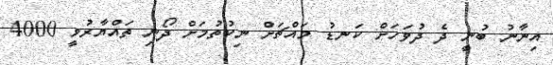
އިނާނު ބުނީ ދެ ދުވަހަށް ކަނޑު މައްޗަށް ނިކުތުމަށް ދޯނި ތައްްޔާރުވީ 4000